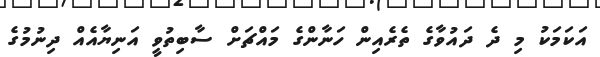
އަކަމަކު މި ދެ ދައުވާގެ ތެރެއިން ހަނާންގެ މައްޗަށް ސާބިތުވީ އަނިޔާއެއް ދިނުމުގެ